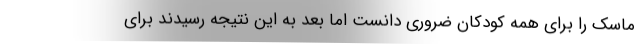
ماسک را برای همه کودکان ضروری دانست اما بعد به این نتیجه رسیدند برای